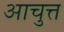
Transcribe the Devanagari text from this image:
आचुत्त